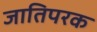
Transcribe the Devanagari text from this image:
जातिपरक